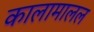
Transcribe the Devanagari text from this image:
कालामालल